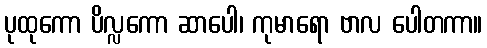
ပုထုကော ပိလ္လကော ဆာပေါ၊ ကုမာရော ဗာလ ပေါတကာ။